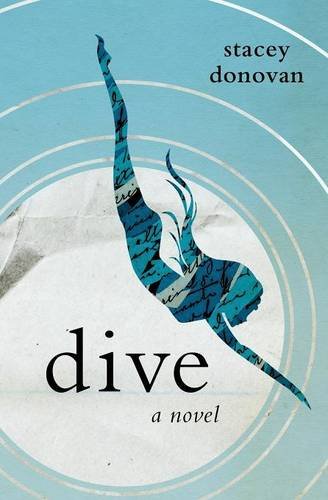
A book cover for Dive: A Novel; Stacey Donovan; Teen & Young Adult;